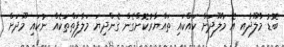
ބޮޑު މާލޫދާއި އެ މާލޫދަށް ކައްކައި ތައްޔާރުކޮށްގެން ގެންދިޔަ މަލާފަތްތަކެއް ނުކައި މޫދަށް